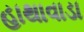
હાથાવાડા